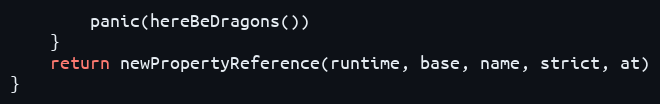
Language: Go
		panic(hereBeDragons())
	}
	return newPropertyReference(runtime, base, name, strict, at)
}